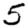
Digit: 5